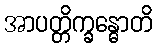
အာပတ္တိက္ခန္ဓောတိ